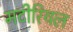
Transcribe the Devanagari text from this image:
मटीरियल